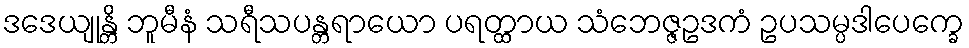
ဒဒေယျုန္တိ ဘူမီနံ သရီသပန္တရာယော ပရတ္ထာယ သံဘေဇ္ဇဥဒကံ ဥပသမ္ပဒါပေက္ခေ